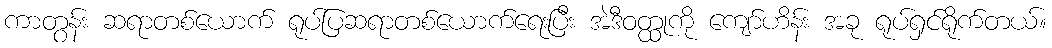
ကာတွန်း ဆရာတစ်ယောက် ရုပ်ပြဆရာတစ်ယောက်ရေးပြီး အဲဒီဝတ္ထုကို ကျော်ဟိန်း အခု ရုပ်ရှင်ရိုက်တယ်။